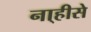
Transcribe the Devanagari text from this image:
ना्हीसे